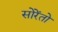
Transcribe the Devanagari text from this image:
सोरेंतो